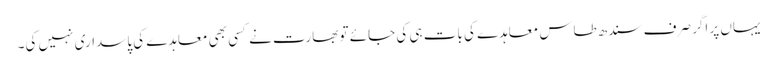
یہاں پر اگر صرف سندھ طاس معاہدے کی بات ہی کی جائے تو بھارت نے کسی بھی معاہدے کی پاسداری نہیں کی۔